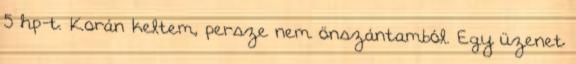
5 hp-t. Korán keltem, persze nem önszántamból. Egy üzenet